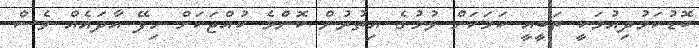
ބޮޑުކަމުދިއުމަކީ ތަބީއީ ކަމަކަށް ވުމުގެ އިތުރުން ކޮންމެ ކުއްޖަކަށް ހިފޭ އާދައެއް ވެސް